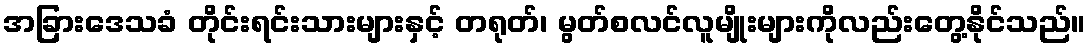
အခြားဒေသခံ တိုင်းရင်းသားများနှင့် တရုတ်၊ မွတ်စလင်လူမျိုးများကိုလည်းတွေ့နိုင်သည်။